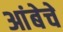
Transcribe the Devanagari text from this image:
आंबेचे